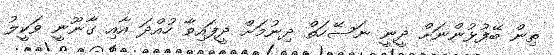
ތިން ބޭފުޅުންނަށް ދީނީ ނަސޭހަތް ދިނުމަށް ދީފައިވާ ހުއްދަ އާއި ގާނޫނީ ވަކީލު